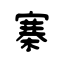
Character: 寨